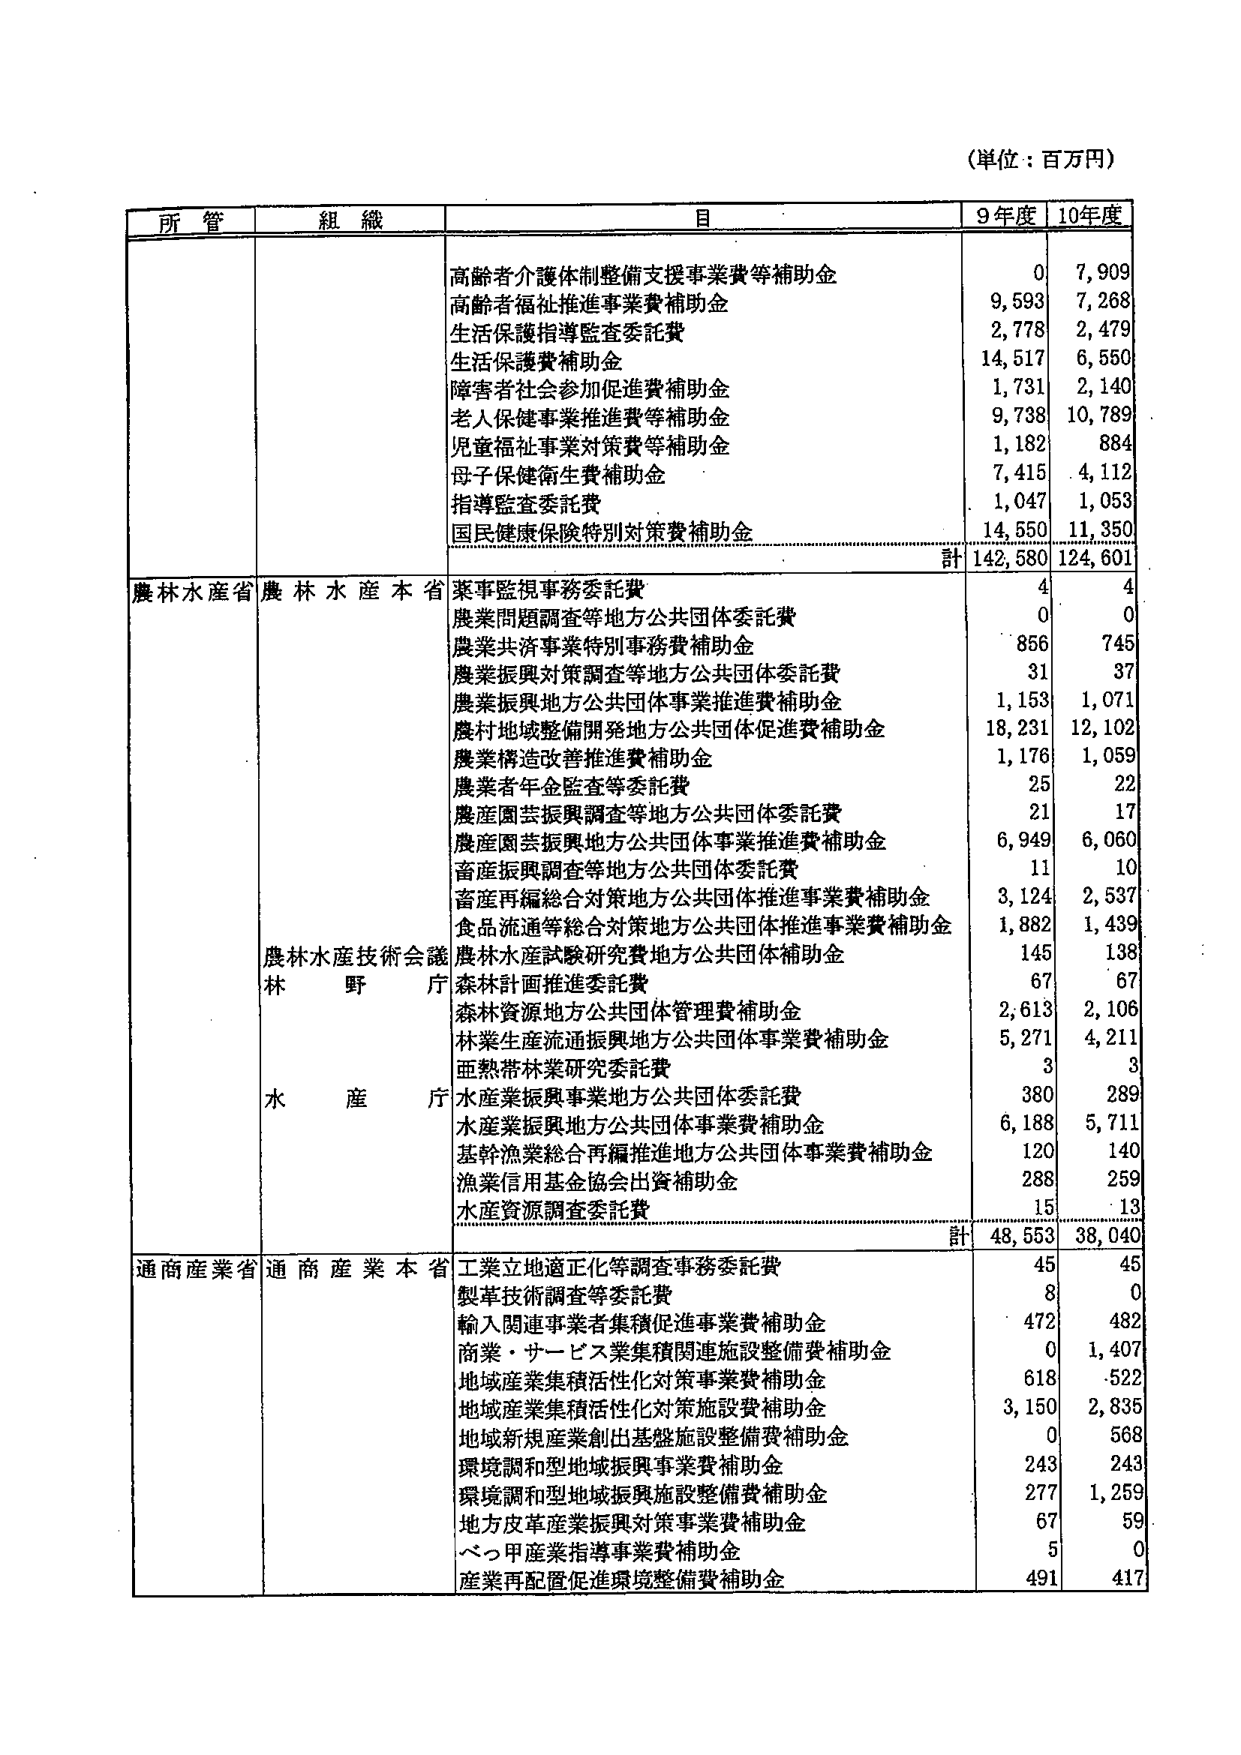
(単位：百万円)

所管	組織	目	9年度	10年度
		高齢者介護体制整備支援事業費等補助金	0	7,909
		高齢者福祉推進事業費補助金	9,593	7,268
		生活保護指導監査委託費	2,778	2,479
		生活保護費補助金	14,517	6,550
		障害者社会参加促進費補助金	1,731	2,140
		老人保健事業推進費等補助金	9,738	10,789
		児童福祉事業対策費等補助金	1,182	884
		母子保健衛生費補助金	7,415	4,112
		指導監査委託費	1,047	1,053
		国民健康保険特別対策費補助金	14,550	11,350
		計	142,580	124,601
農林水産省	農林水産本省	薬事監視事務委託費	4	4
		農業問題調査等地方公共団体委託費	0	0
		農業共済事業特別事務費補助金	856	745
		農業振興対策調査等地方公共団体委託費	31	37
		農業振興地方公共団体事業推進費補助金	1,153	1,071
		農村地域整備開発地方公共団体促進費補助金	18,231	12,102
		農業構造改善推進費補助金	1,176	1,059
		農業者年金監査等委託費	25	22
		農産園芸振興調査等地方公共団体委託費	21	17
		農産園芸振興地方公共団体事業推進費補助金	6,949	6,060
		畜産振興調査等地方公共団体委託費	11	10
		畜産再編総合対策地方公共団体推進事業費補助金	3,124	2,537
		食品流通等総合対策地方公共団体推進事業費補助金	1,882	1,439
		農林水産試験研究費地方公共団体補助金	145	138
		農林水産技術会議	森林計画推進委託費	67	67
		林野庁	森林資源地方公共団体管理費補助金	2,613	2,106
		林業生産流通振興地方公共団体事業費補助金	5,271	4,211
		亜熱帯林業研究委託費	3	3
		水産庁	水産業振興事業地方公共団体委託費	380	289
		水産業振興地方公共団体事業費補助金	6,188	5,711
		基幹漁業総合再編推進地方公共団体事業費補助金	120	140
		漁業信用基金協会出資補助金	288	259
		水産資源調査委託費	15	13
		計	48,553	38,040
通商産業省	通商産業本省	工業立地適正化等調査事務委託費	45	45
		製革技術調査等委託費	8	0
		輸入関連事業者集積促進事業費補助金	472	482
		商業・サービス業集積関連施設整備費補助金	0	1,407
		地域産業集積活性化対策事業費補助金	618	-522
		地域産業集積活性化対策施設費補助金	3,150	2,835
		地域新規産業創出基盤施設整備費補助金	0	568
		環境調和型地域振興事業費補助金	243	243
		環境調和型地域振興施設整備費補助金	277	1,259
		地方皮革産業振興対策事業費補助金	67	59
		べっ甲産業指導事業費補助金	5	0
		産業再配置促進環境整備費補助金	491	417